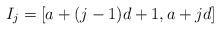
LaTeX: \begin{align*}I_j = [a+(j-1)d+1, a+jd]\end{align*}